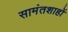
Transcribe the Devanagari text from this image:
सामंतशाहों